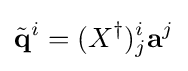
{\tilde {\mathbf {q} }}^{i}=(X^{\dagger })_{j}^{i}\mathbf {a} ^{j}